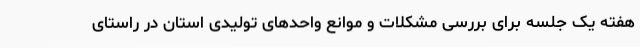
هفته یک جلسه برای بررسی مشکلات و موانع واحدهای تولیدی استان در راستای